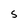
Character: S